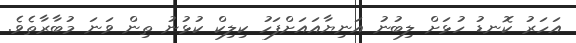
އަހަރު ކޮނޑު ހުޅަށް ލިބުނު އަނިޔާއައަށްފަހު ކިލިކް ކުޅުނު ތިން ވަނަ މުބާރާތެވެ.